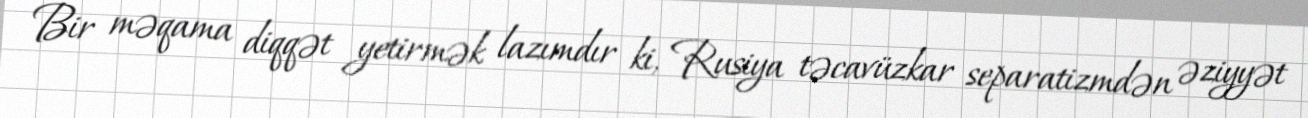
Bir məqama diqqət yetirmək lazımdır ki, Rusiya təcavüzkar separatizmdən əziyyət